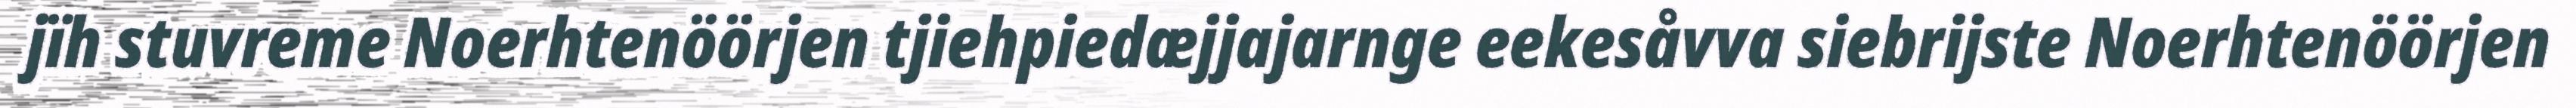
jïh stuvreme Noerhtenöörjen tjiehpiedæjjajarnge eekesåvva siebrijste Noerhtenöörjen